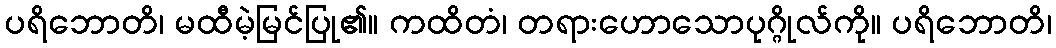
ပရိဘောတိ၊ မထီမဲ့မြင်ပြု၏။ ကထိတံ၊ တရားဟောသောပုဂ္ဂိုလ်ကို။ ပရိဘောတိ၊